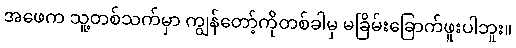
အဖေက သူ့တစ်သက်မှာ ကျွန်တော့်ကိုတစ်ခါမှ မခြိမ်းခြောက်ဖူးပါဘူး။